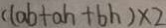
( l a b + a h + b h ) \times 2